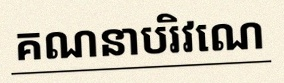
គណនាបរិវេណ